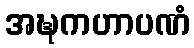
အဍ္ဎကဟာပဏံ